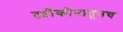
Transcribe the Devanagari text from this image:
दृष्टीकोनातूनच